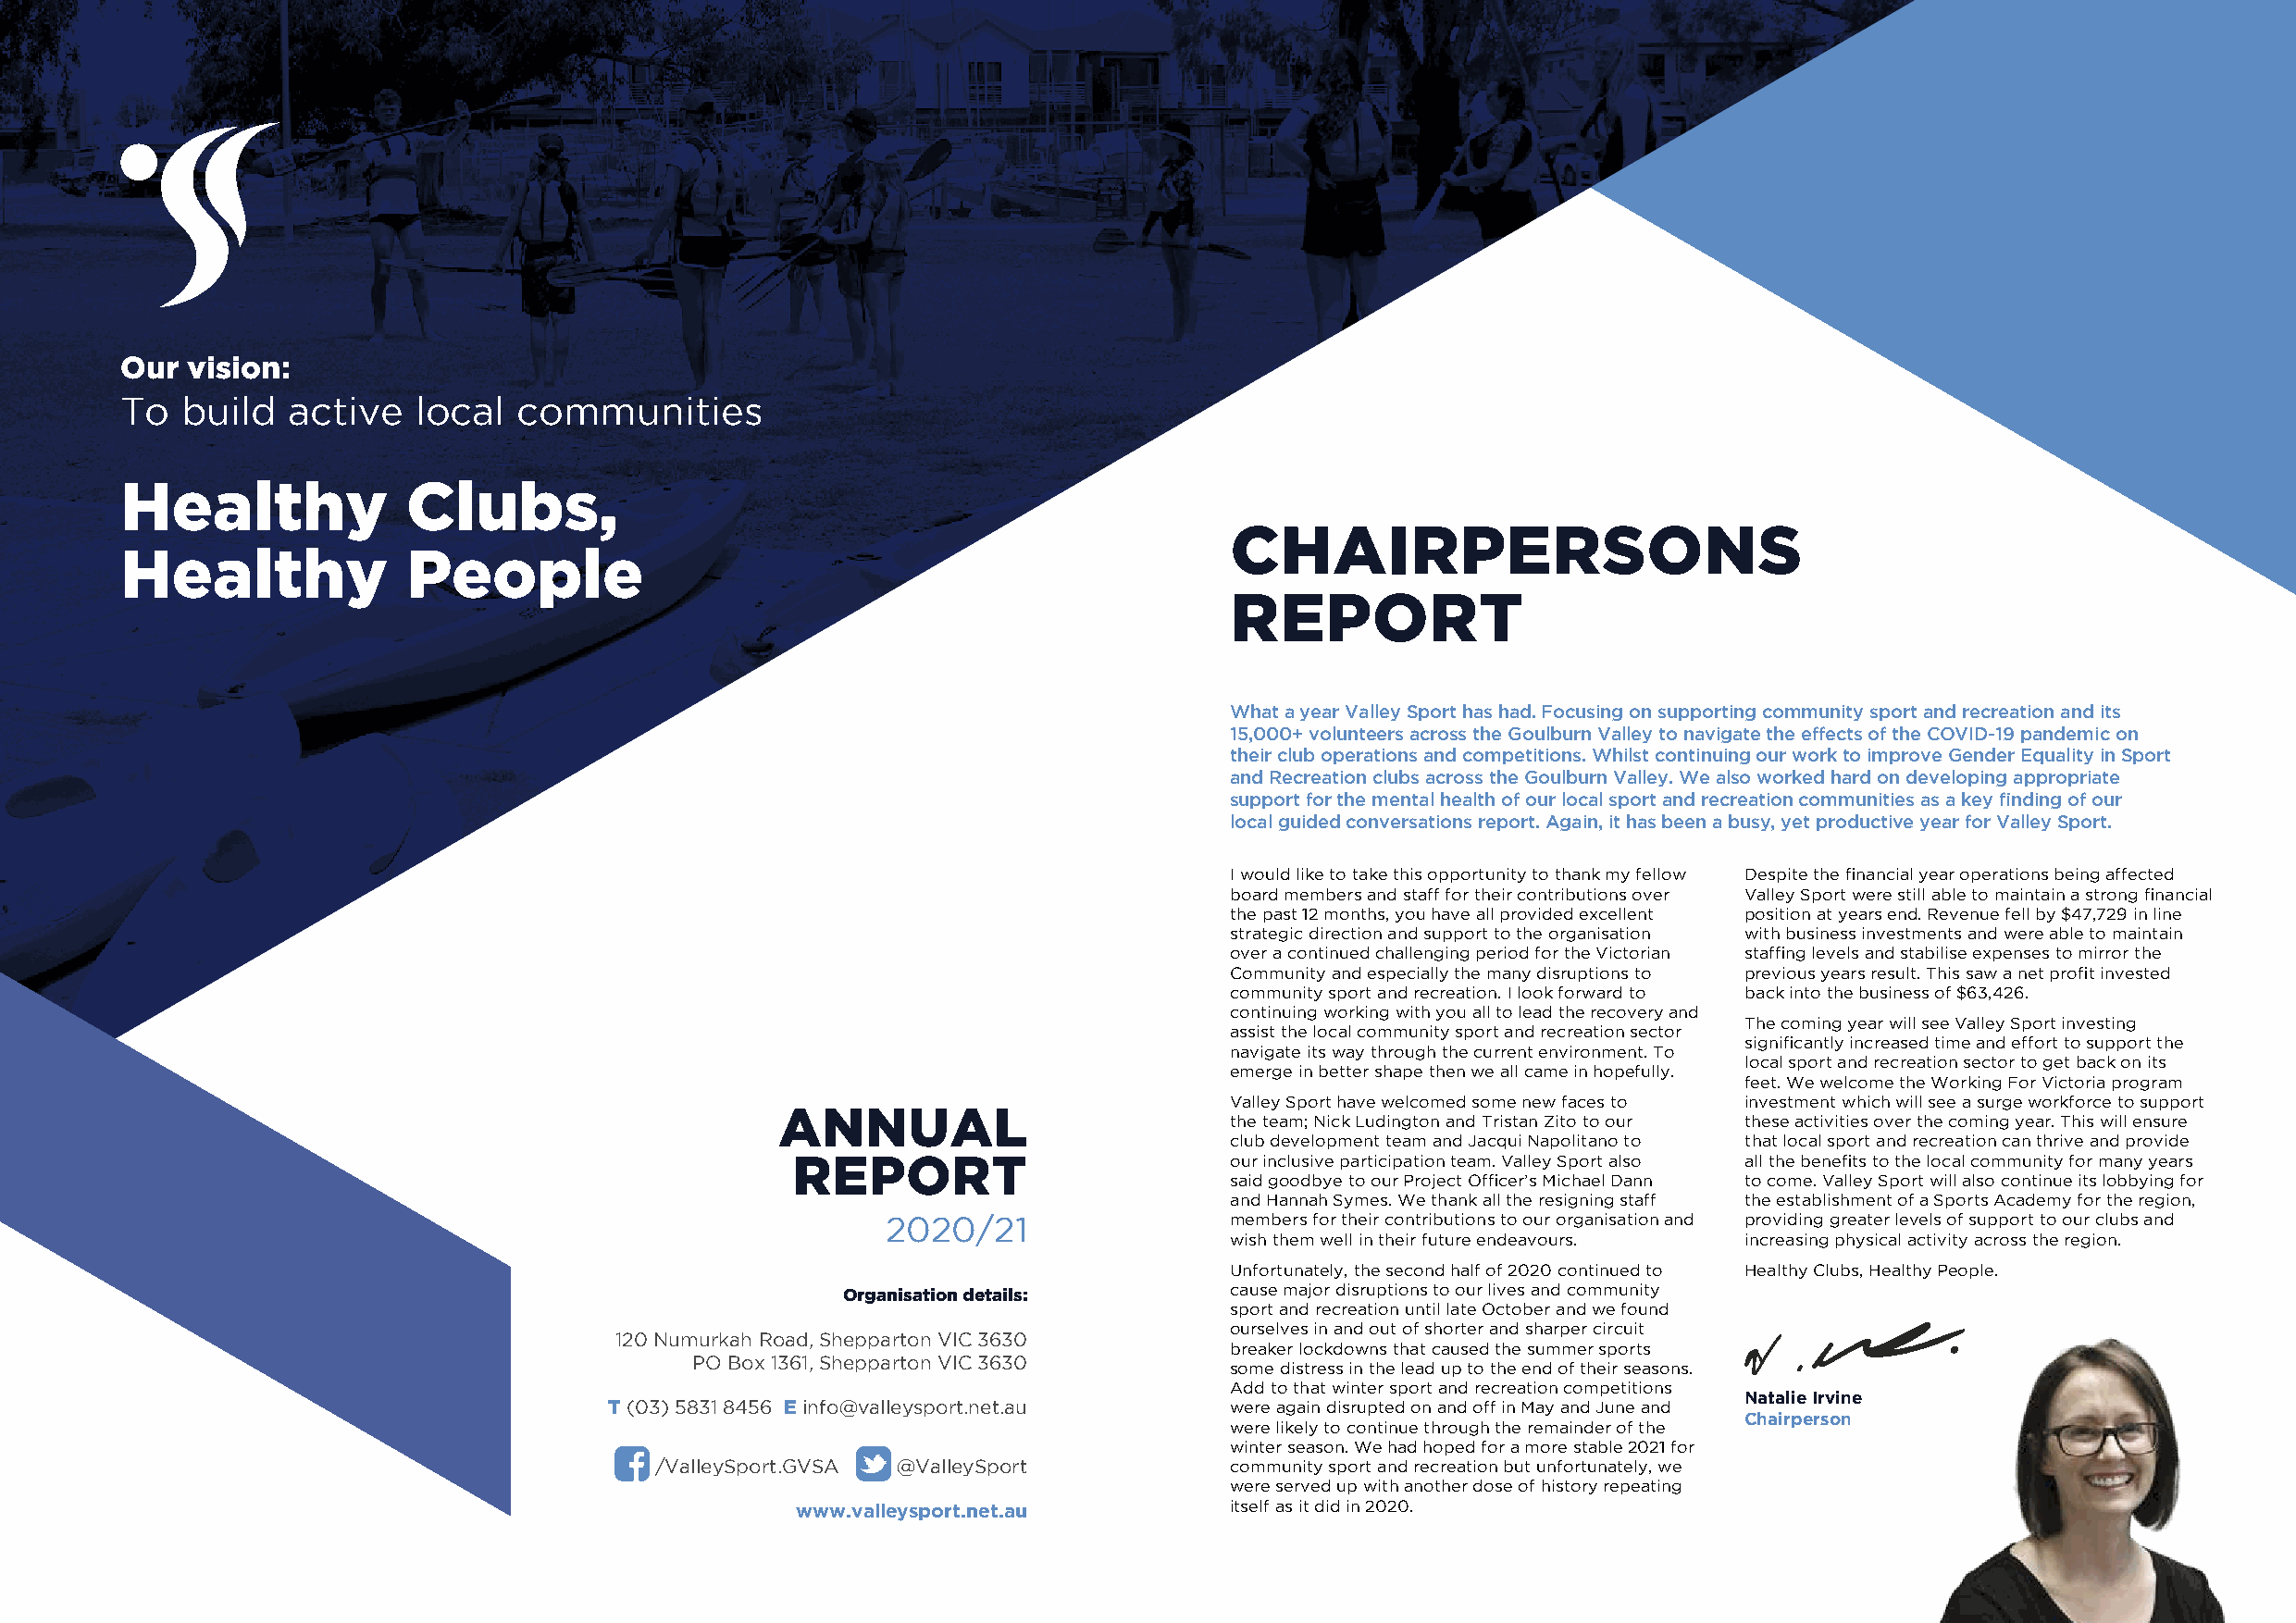
Our vision:
 To  build   active   local  communities
 Healthy             Clubs,
 CHAIRPERSONS
 Healthy             People
 REPORT
 What a year Valley Sport has had. Focusing on supporting community sport and recreation and its
 15,000+ volunteers across the Goulburn Valley to navigate the effects of the COVID-19 pandemic on
 their club operations and competitions. Whilst continuing our work to improve Gender Equality in Sport
 and Recreation clubs across the Goulburn Valley. We also worked hard on developing appropriate
 support for the mental health of our local sport and recreation communities as a key finding of our
 local guided conversations report. Again, it has been a busy, yet productive year for Valley Sport.
 I would like to take this opportunity to thank my fellow Despite the financial year operations being affected
 board members and staff for their contributions over Valley Sport were still able to maintain a strong financial
 the past 12 months, you have all provided excellent position at years end. Revenue fell by $47,729 in line
 strategic direction and support to the organisation with business investments and were able to maintain
 over a continued challenging period for the Victorian staffing levels and stabilise expenses to mirror the
 Community and especially the many disruptions to previous years result. This saw a net profit invested
 community sport and recreation. I look forward to back into the business of $63,426.
 continuing working with you all to lead the recovery and
 The coming year will see Valley Sport investing
 assist the local community sport and recreation sector
 significantly increased time and effort to support the
 navigate its way through the current environment. To
 local sport and recreation sector to get back on its
 emerge in better shape then we all came in hopefully.
 feet. We welcome the Working For Victoria program
 Valley Sport have welcomed some new faces to investment which will see a surge workforce to support
 ANNUAL
 the team; Nick Ludington and Tristan Zito to our these activities over the coming year. This will ensure
 club development team and Jacqui Napolitano to that local sport and recreation can thrive and provide
 REPORT                         our inclusive participation team. Valley Sport also all the benefits to the local community for many years
 said goodbye to our Project Officer’s Michael Dann to come. Valley Sport will also continue its lobbying for
 and Hannah Symes. We thank all the resigning staff the establishment of a Sports Academy for the region,
 2020/21                  members for their contributions to our organisation and providing greater levels of support to our clubs and
 wish them well in their future endeavours. increasing physical activity across the region.
 Unfortunately, the second half of 2020 continued to Healthy Clubs, Healthy People.
 Organisation details:       cause major disruptions to our lives and community
 sport and recreation until late October and we found
 ourselves in and out of shorter and sharper circuit
 120 Numurkah Road, Shepparton VIC 3630
 breaker lockdowns that caused the summer sports
 PO Box 1361, Shepparton VIC 3630
 some distress in the lead up to the end of their seasons.
 Add to that winter sport and recreation competitions
 Natalie Irvine
 T (03) 5831 8456 E info@valleysport.net.au  were again disrupted on and off in May and June and
 Chairperson
 were likely to continue through the remainder of the
 winter season. We had hoped for a more stable 2021 for
 /ValleySport.GVSA @ValleySport           community sport and recreation but unfortunately, we
 were served up with another dose of history repeating
 www.valleysport.net.au         itself as it did in 2020.